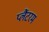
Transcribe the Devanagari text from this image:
प्लैंटरम